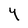
Character: Y